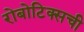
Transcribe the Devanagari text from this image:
रोबोटिक्सची